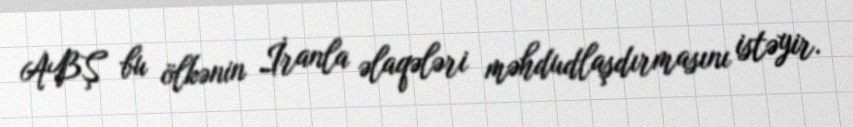
ABŞ bu ölkənin İranla əlaqələri məhdudlaşdırmasını istəyir.